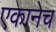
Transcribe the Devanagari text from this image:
एकानेच